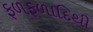
ફળફળાદિથી